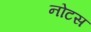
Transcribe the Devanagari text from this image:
नोटस